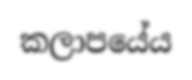
කලාපයේය